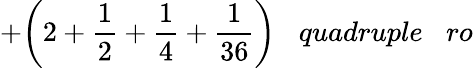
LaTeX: +{\bigg(}2+{\frac{1}{2}}+{\frac{1}{4}}+{\frac{1}{36}}{\bigg)}\; \; \; quadruple\; \; \; ro